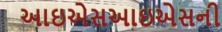
આઇએસઆઇએસની